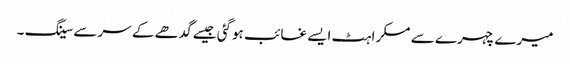
میرے چہرے سے مسکراہٹ ایسے غائب ہوگئی جیسے گدھے کے سرسے سینگ ۔